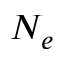
N _ { e }